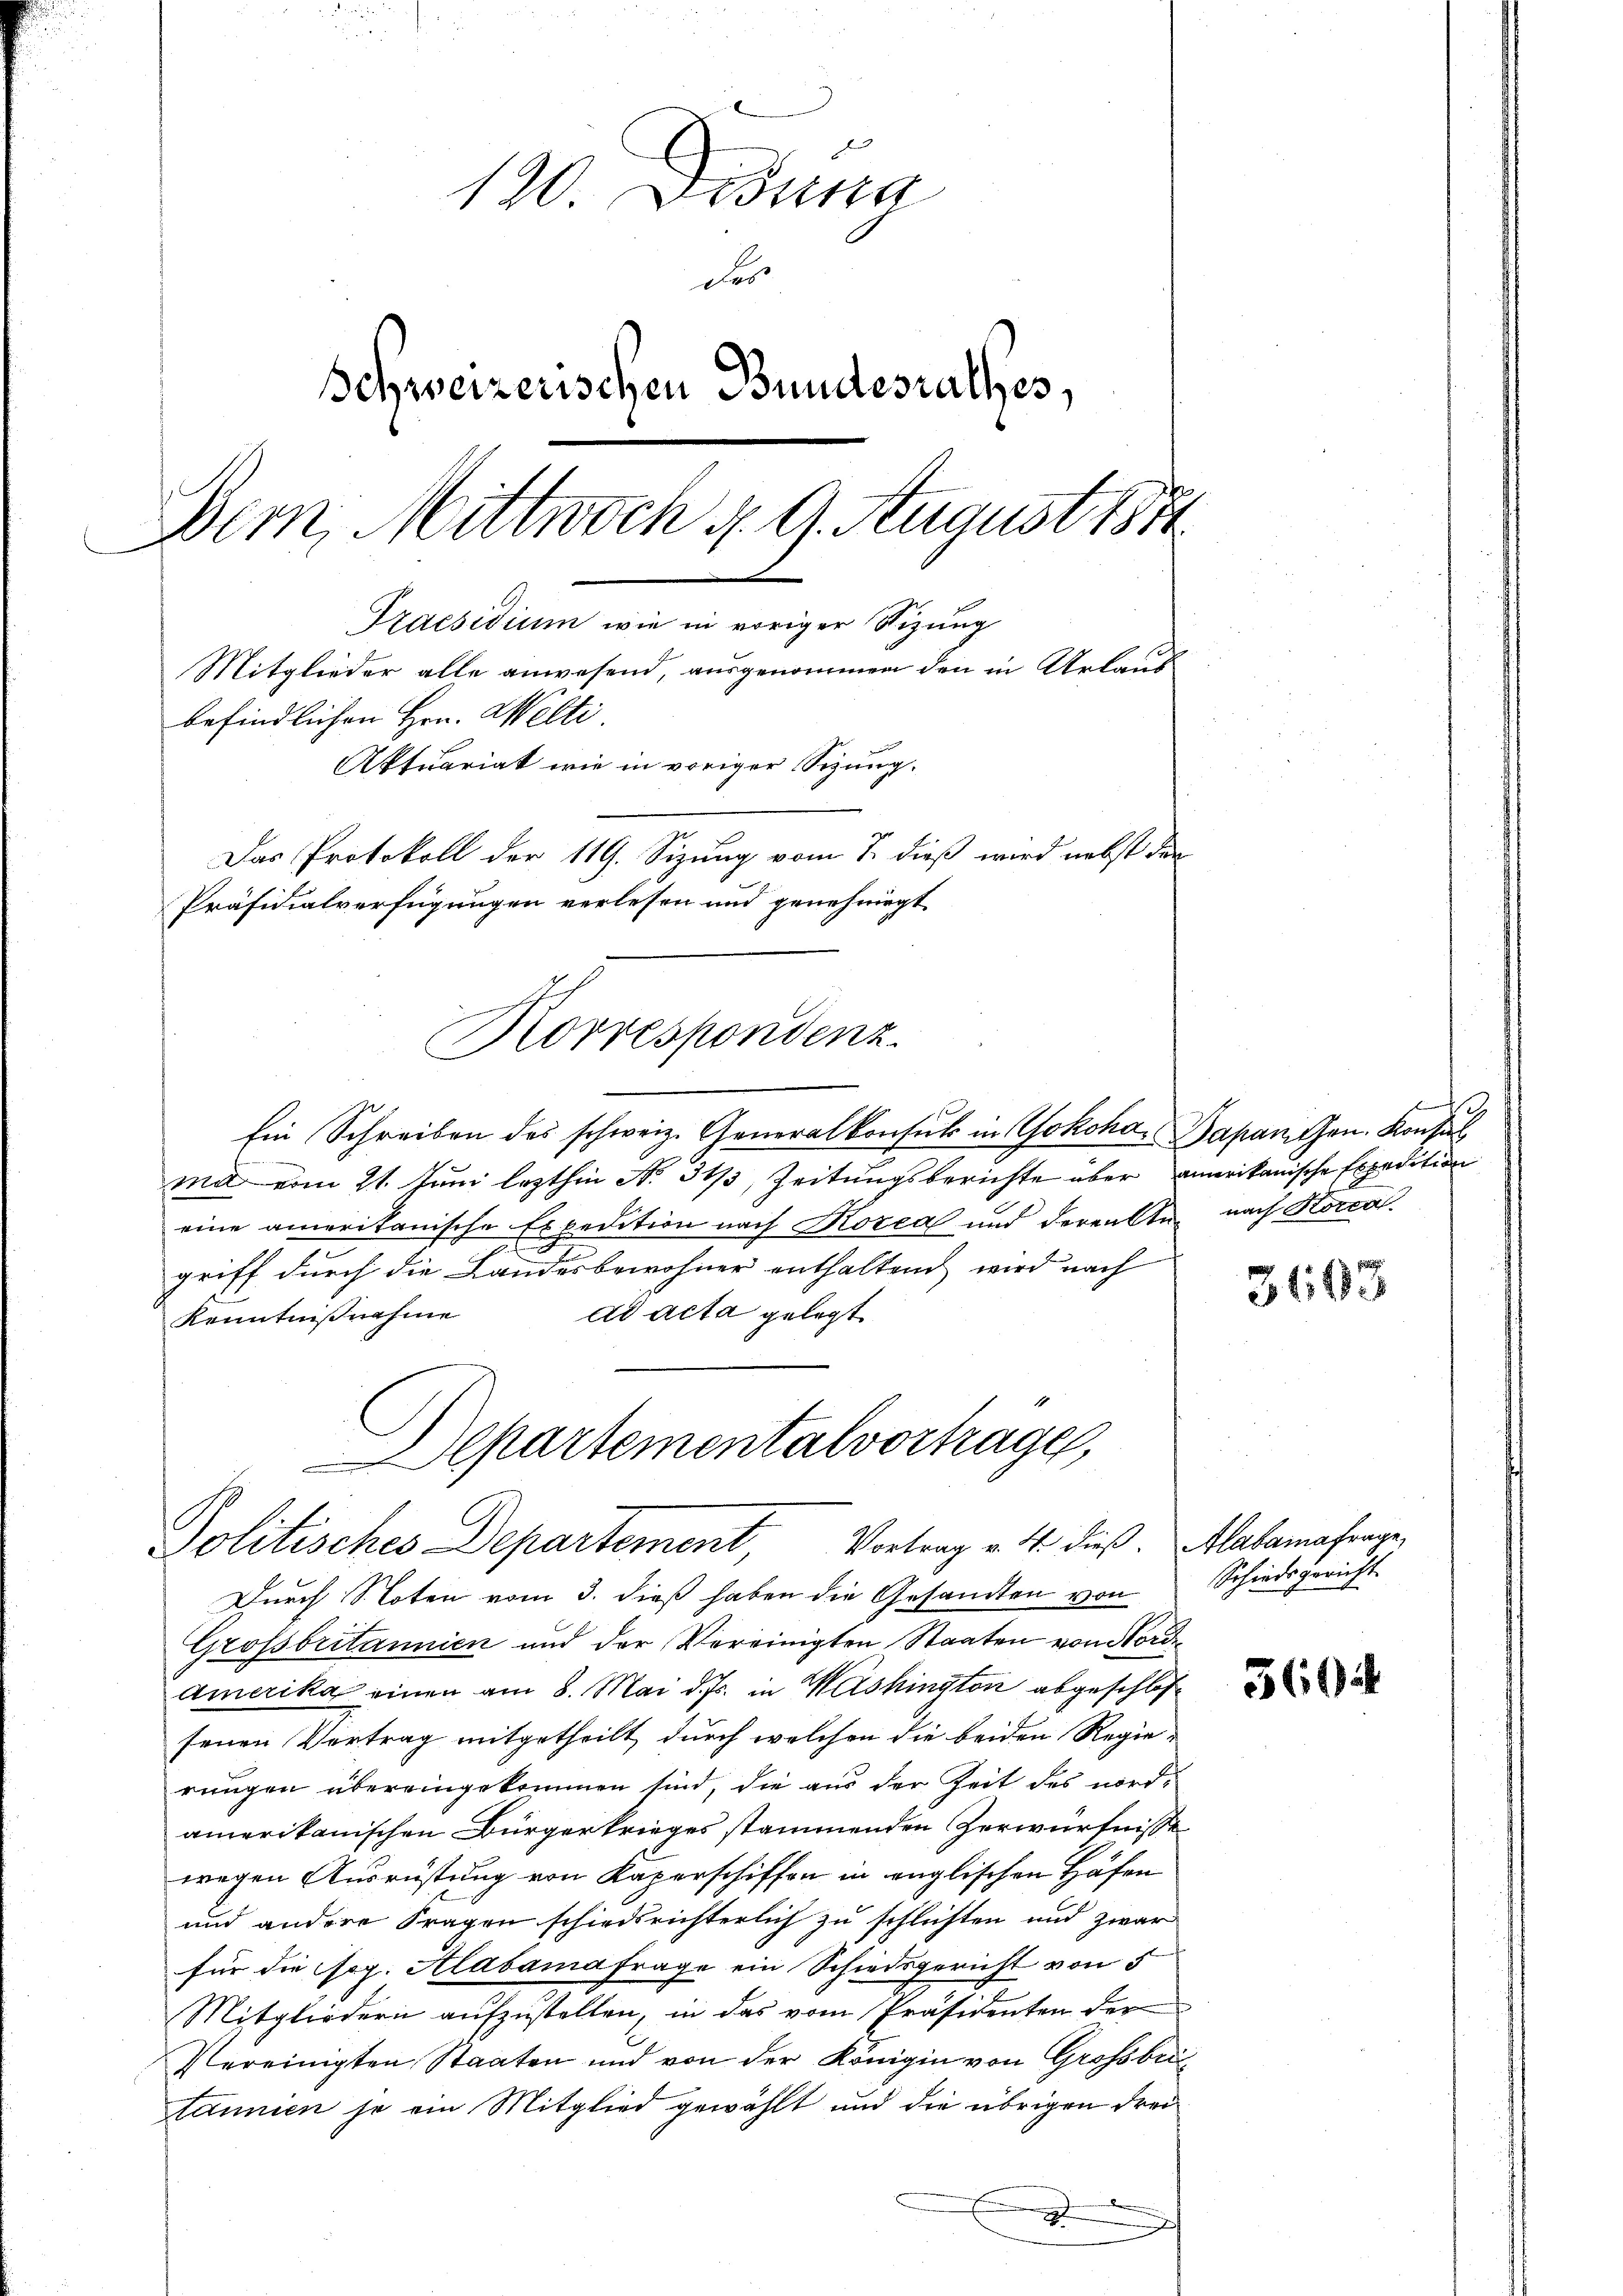
120 Dionna
des
Schweizerischen Bundesrathes,
Bern, Mittwoch d. 9. August 1874
Praesidium wie in voriger Stizung
Mitglieder alle anwesend, ausgenommen den in Urlaub
befindlichen Hrn. Welti
Aktuariat wie in voriger Sizung.
Das Protokoll der 119. Sizung vom 1. dieß wird nebst den
Präsidialverfügungen verlesen und genehmigt.

Ein Schreiben des schweiz. Generalkonsul in Yokoha-Dapanchen. Konsul
mit vom 21. Juni lezthin No. 313, Zeitungsberichte über amerikanische Expedition
eine amerikanische Expedition nach Kozca und derenten
griff durch die Landesbewohner enthaltend wird nach
ad acta gelegt.
Kenntnißnahme
Departementalvortrage,

Korrespondenz.

Politisches Departement, Vortrag v. 4. dieß. Alalamafrage,

Durch Noten vom 3. dieß haben die Gesandten von
Grossbritannien und der Vereinigten Staaten von Nord¬
Amerika einen am 8. Mai d. Js. in Washington abgeschlos
senen Vortrag mitgetheilt, durch welchen die beiden Regierungen übereingekommen sind, die aus der Zeit des nordamerikanischen Bürgerkrieges stammenden Zerwürfnisse
wegen Ausrüstung von Kaperschiffen in englischen Höfen
und andere Fragen schiedsrichterlich zu schlisten und zwar
für die Ges. Alabamafrage ein Schiedsgericht von 5
Mitgliedern aufzustellen, in das vom Präsidenten der
Vereinigten Staaten und von der Königin von Großbri
tannien je ein Mitglied gewählt und die übrigen dreieien den
e

1
nach Korra

3113

Schiedsgericht.

5604